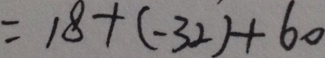
= 1 8 + ( - 3 2 ) + 6 0